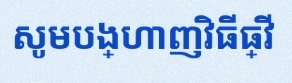
សូមបង្ហាញវិធីធ្វើ